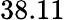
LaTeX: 38.11